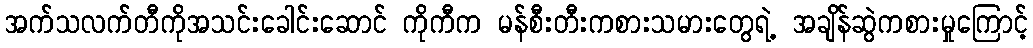
အက်သလက်တီကိုအသင်းခေါင်းဆောင် ကိုကီက မန်စီးတီးကစားသမားတွေရဲ့ အချိန်ဆွဲကစားမှုကြောင့်